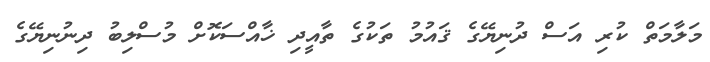
މަލާމަތް ކުރި އަސް ދުނިޔޭގެ ޤައުމު ތަކުގެ ތާއީދި ޚާއްސަކޮށް މުސްލިބު ދިނުނިޔޭގެ